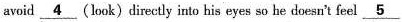
avoid \underline{4} (look)directly into his eyes so he doesn't feel \underline{5}